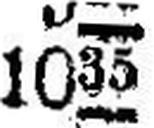
1035